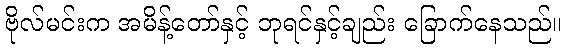
ဗိုလ်မင်းက အမိန့်တော်နှင့် ဘုရင်နှင့်ချည်း ခြောက်နေသည်။